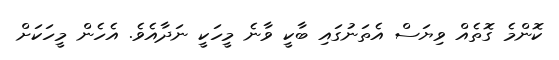
ކޮންމެ ގޮތެއް ވިޔަސް އެތަނުގައި ބާކީ ވާނެ މީހަކީ ނަދާއެވެ. އެހެން މީހަކަށް